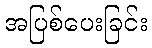
အပြစ်ပေးခြင်း